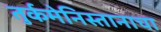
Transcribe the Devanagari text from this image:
तुर्कमेनिस्तानाचा